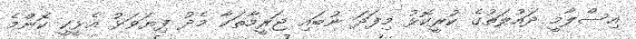
އިސްލާމީ ދައުލަތުގެ ކުރީކޮޅު މިފަދަ ނުބައި ޖަރީމާތަކާ މެދު ފިޔަވަޅު އެޅީކީ ކޮންމެ